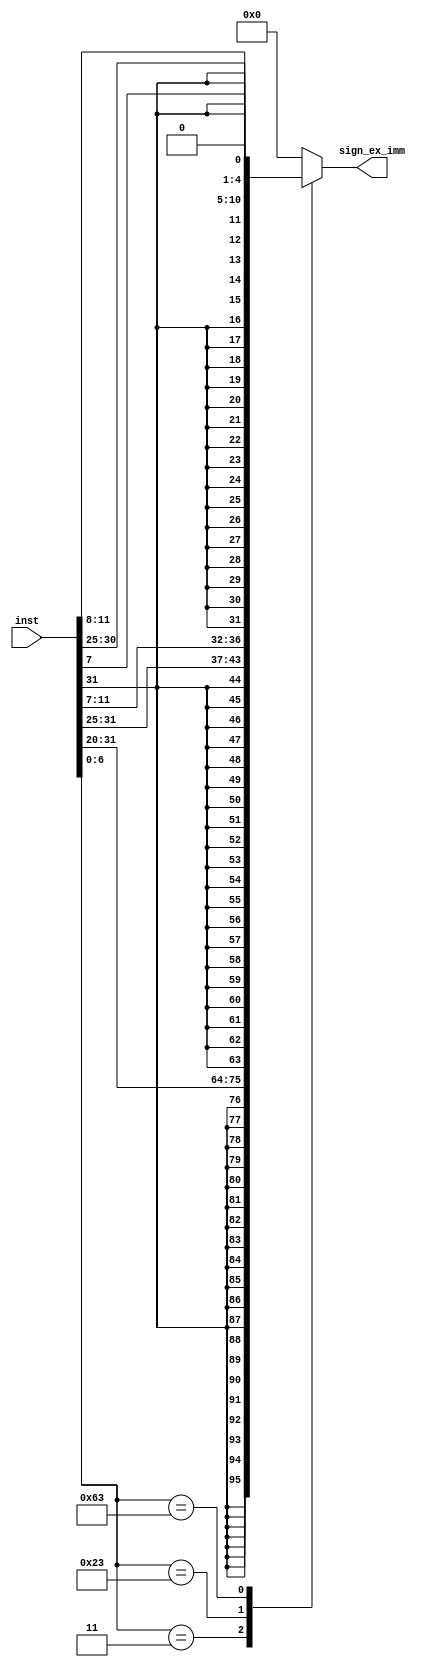


module IMM_GEN(sign_ex_imm, inst);
   input [31:0]inst;
   output reg [31:0]sign_ex_imm;
   wire [6:0]opcode;

   // Get OPcode from the array
   assign opcode = inst[6:0]; 

   // Based on opcode decide output
   always @ (inst)
   begin
   case (opcode)
	7'd03: sign_ex_imm <= { {20{inst[31]}}, inst[31:20]};// I-type
	7'd35: sign_ex_imm  <= { {20{inst[31]}}, inst[31:25], inst[11:7]}; // S Type
	7'd99: sign_ex_imm  <= { {19{inst[31]}}, inst[31], inst[7],
                                    inst[30:25], inst[11:8], 1'b0};// SB-TYPE
	default: sign_ex_imm <= 32'b0;
   endcase
   
   end
endmodule